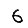
Digit: 6